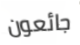
جائعون